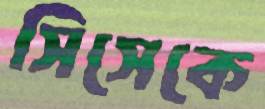
সিসেকে